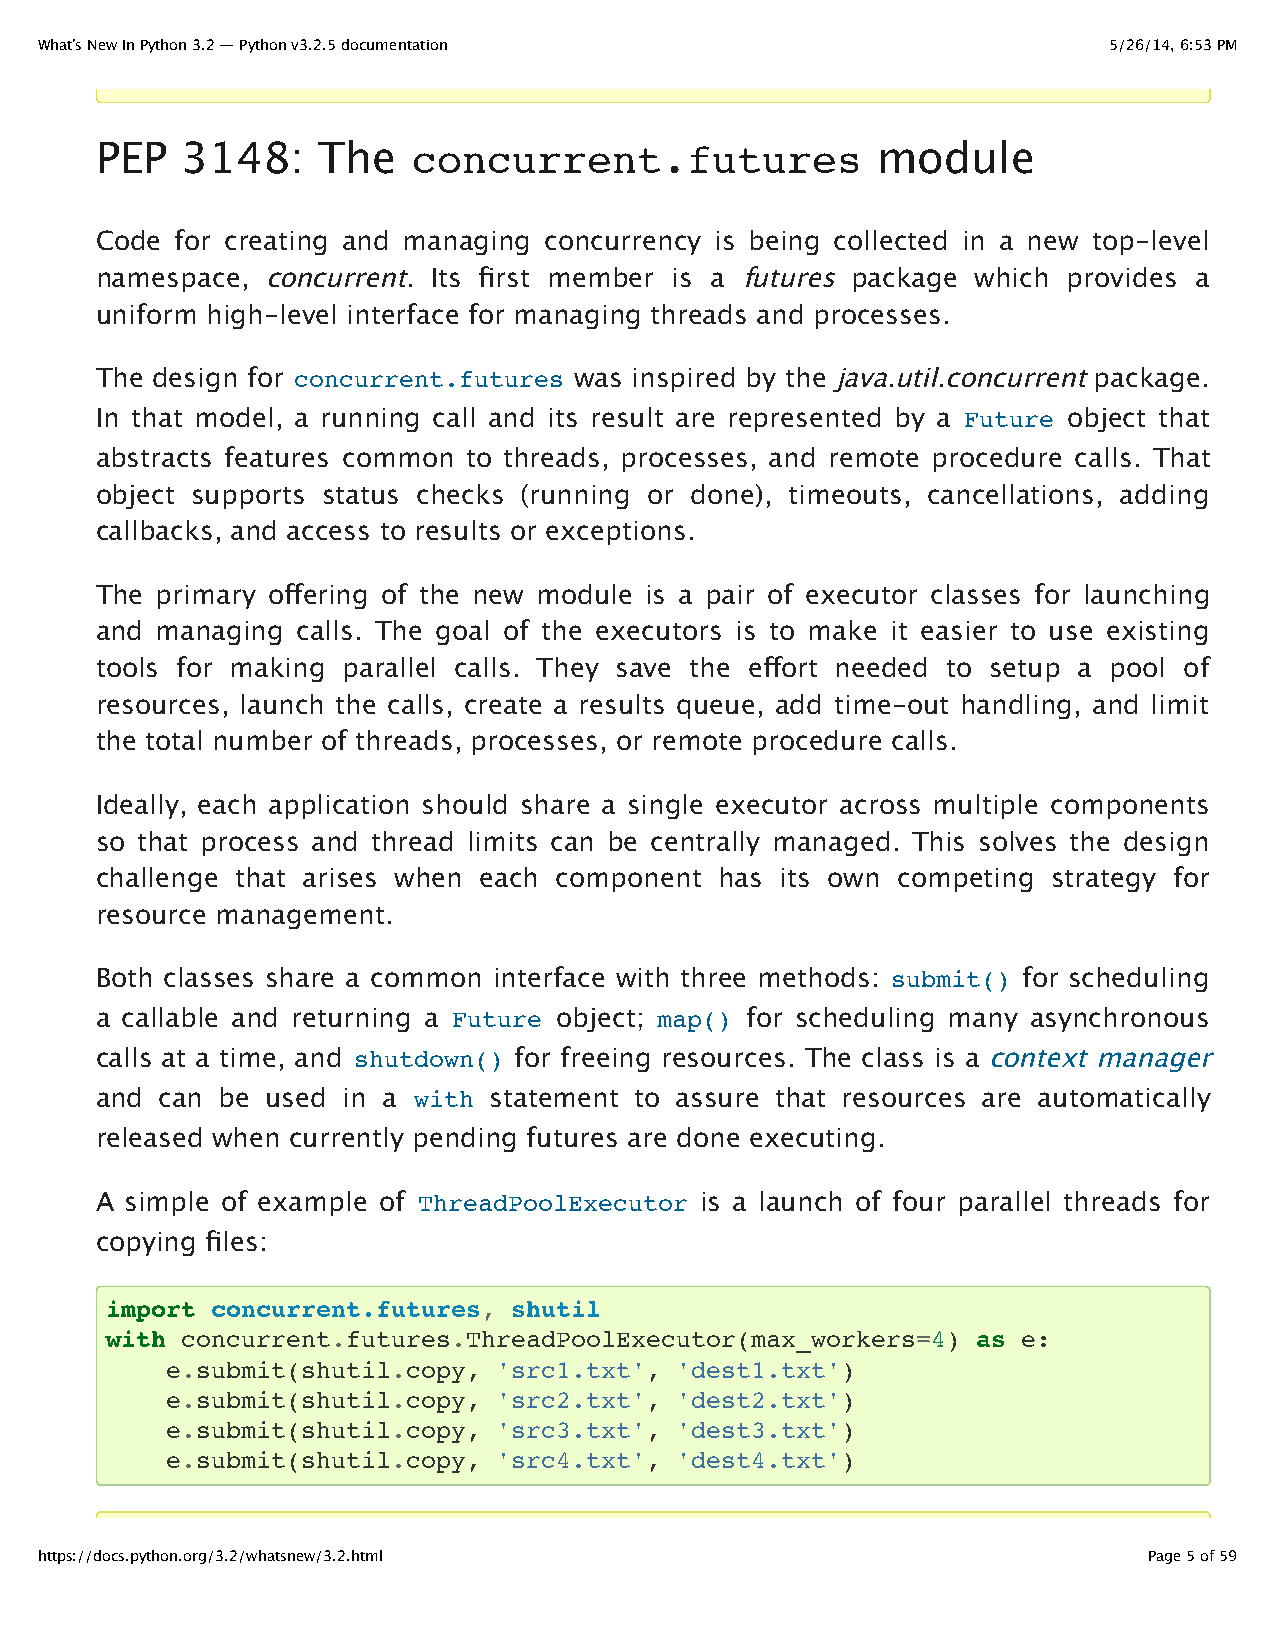
What’s New In Python 3.2 — Python v3.2.5 documentation                 5/26/14, 6:53 PM
 PEP   3148:    The   concurrent.futures             module
 Code  for creating and managing concurrency is being collected in a new top-level
 namespace, concurrent. Its first member is a futures package which provides a
 uniform high-level interface for managing threads and processes.
 The design for concurrent.futures was inspired by the java.util.concurrent package.
 In that model, a running call and its result are represented by a Future object that
 abstracts features common to threads, processes, and remote procedure calls. That
 object supports status checks (running or done), timeouts, cancellations, adding
 callbacks, and access to results or exceptions.
 The primary offering of the new module is a pair of executor classes for launching
 and managing  calls. The goal of the executors is to make it easier to use existing
 tools for making parallel calls. They save the effort needed to setup a pool of
 resources, launch the calls, create a results queue, add time-out handling, and limit
 the total number of threads, processes, or remote procedure calls.
 Ideally, each application should share a single executor across multiple components
 so that process and thread limits can be centrally managed. This solves the design
 challenge that arises when each component has its own competing strategy for
 resource management.
 Both classes share a common interface with three methods: submit() for scheduling
 a callable and returning a Future object; map() for scheduling many asynchronous
 calls at a time, and shutdown() for freeing resources. The class is a context manager
 and  can be used in a with statement to assure that resources are automatically
 released when currently pending futures are done executing.
 A simple of example of ThreadPoolExecutor is a launch of four parallel threads for
 copying files:
 import concurrent.futures, shutil
 with concurrent.futures.ThreadPoolExecutor(max_workers=4) as e:
 e.submit(shutil.copy, 'src1.txt', 'dest1.txt')
 e.submit(shutil.copy, 'src2.txt', 'dest2.txt')
 e.submit(shutil.copy, 'src3.txt', 'dest3.txt')
 e.submit(shutil.copy, 'src4.txt', 'dest4.txt')
 https://docs.python.org/3.2/whatsnew/3.2.html                             Page 5 of 59